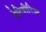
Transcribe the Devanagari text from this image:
वेटिवीरिआ